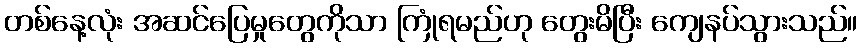
တစ်နေ့လုံး အဆင်ပြေမှုတွေကိုသာ ကြုံရမည်ဟု တွေးမိပြီး ကျေနပ်သွားသည်။